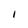
Character: I